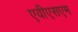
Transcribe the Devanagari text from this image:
एवीएसएम